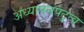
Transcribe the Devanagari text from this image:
अध्यापनपटुत्व